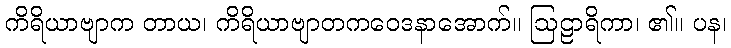
ကိရိယာဗျာက တာယ၊ ကိရိယာဗျာတကဝေဒနာအောက်။ ဩဠာရိကာ၊ ၏။ ပန၊